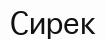
Сирек